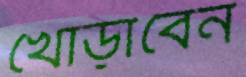
খোঁড়াবেন